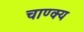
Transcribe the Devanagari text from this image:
चाण्क्य